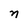
Character: n